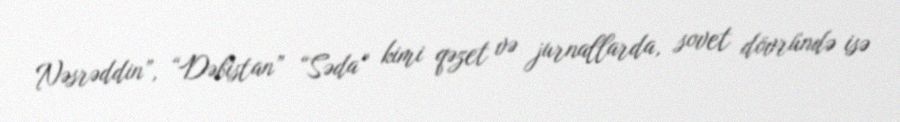
Nəsrəddin”, “Dəbistan” “Səda” kimi qəzet və jurnallarda, sovet dövründə isə